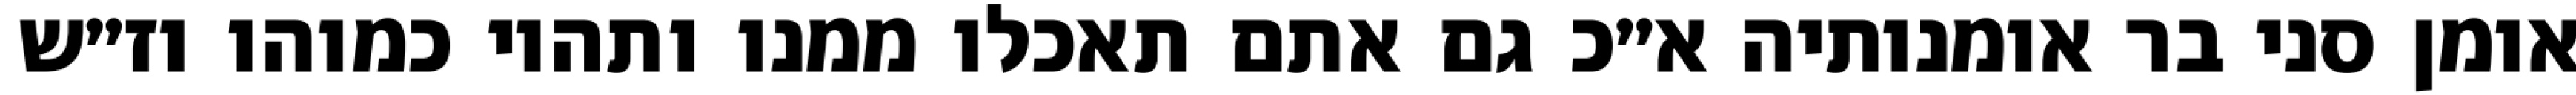
אומן סני בר אומנותיה א״כ גם אתם תאכלו ממנו ותהיו כמוהו וז״ש